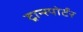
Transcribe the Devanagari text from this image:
ट्रान्स्पोर्टर